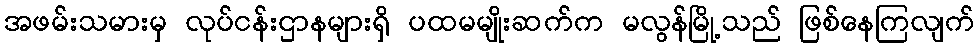
အဖမ်းသမားမှ လုပ်ငန်းဌာနများရှိ ပထမမျိုးဆက်က မလွန်မြို့သည် ဖြစ်နေကြလျက်